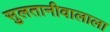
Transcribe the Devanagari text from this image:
सुलतानीवालाला